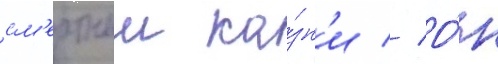
см'ертнои ка́зн'и // О́н